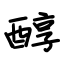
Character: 醇